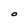
Character: O